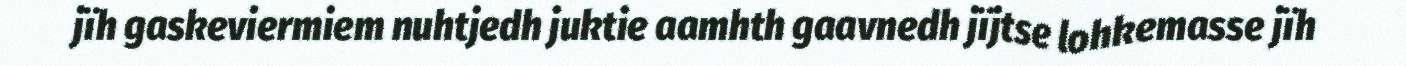
jïh gaskeviermiem nuhtjedh juktie aamhth gaavnedh jïjtse lohkemasse jïh